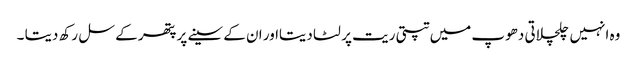
وہ انہیں چلچلاتی دھوپ میں تپتی ریت پر لٹا دیتااور ان کے سینے پر پتھر کے سل رکھ دیتا ۔